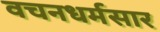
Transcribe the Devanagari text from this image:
वचनधर्मसार